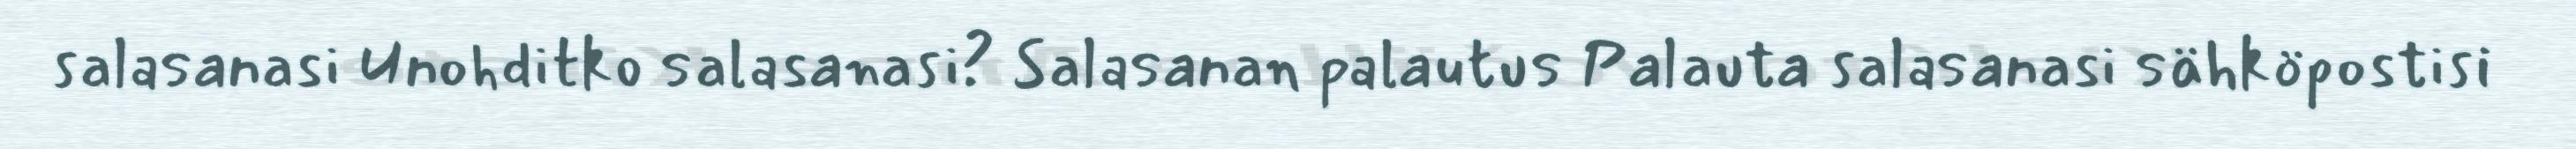
salasanasi Unohditko salasanasi? Salasanan palautus Palauta salasanasi sähköpostisi